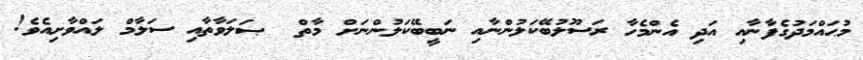
މުޙައްމަދުގެފާނާއި އަދި އެންމެހާ ރަސޫލުބޭކަލުންނާއި ނަބީބޭކަލުންނަށް މާތް  ޞަލަވާތާއި ސަލާމް ލައްވާށިއެވެ!